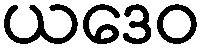
ယဒေဝ